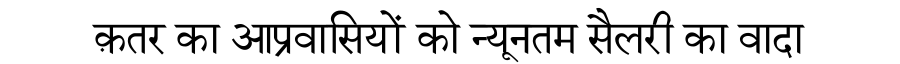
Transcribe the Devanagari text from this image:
क़तर का आप्रवासियों को न्यूनतम सैलरी का वादा